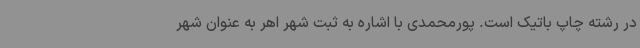
در رشته چاپ باتیک است. پورمحمدی با اشاره به ثبت شهر اهر به عنوان شهر